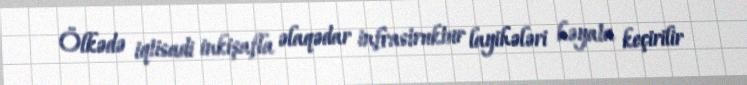
Ölkədə iqtisadi inkişafla əlaqədar infrastruktur layihələri həyata keçirilir